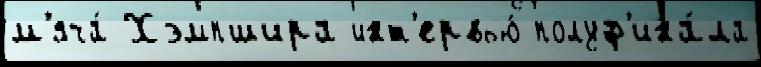
м'яча́ Хэмпшира инт'ервью́ полуф'ина́ла